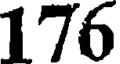
176